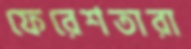
ফেরেশতারা